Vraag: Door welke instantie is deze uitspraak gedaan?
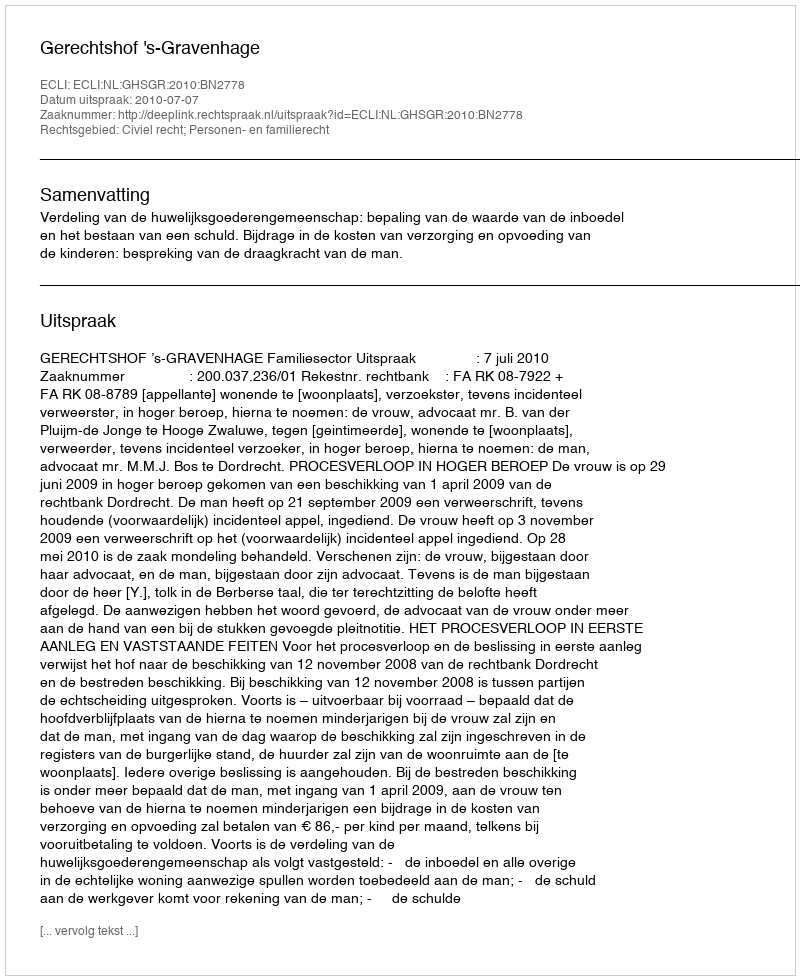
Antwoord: Gerechtshof 's-Gravenhage